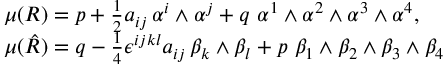
\begin{array} { l } { { \mu ( R ) = p + \frac { 1 } { 2 } a _ { i j } \, \alpha ^ { i } \wedge \alpha ^ { j } + q \, \, \alpha ^ { 1 } \wedge \alpha ^ { 2 } \wedge \alpha ^ { 3 } \wedge \alpha ^ { 4 } , } } \\ { { \mu ( \hat { R } ) = q - \frac { 1 } { 4 } \epsilon ^ { i j k l } a _ { i j } \, \beta _ { k } \wedge \beta _ { l } + p \, \, \beta _ { 1 } \wedge \beta _ { 2 } \wedge \beta _ { 3 } \wedge \beta _ { 4 } } } \end{array}